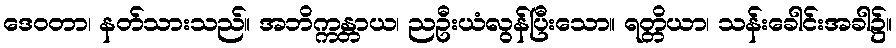
ဒေဝတာ၊ နတ်သားသည်။ အဘိက္ကန္တာယ၊ ညဦးယံလွန်ပြီးသော။ ရတ္တိယာ၊ သန်းခေါင်းအခါ၌။